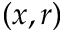
( x , r )